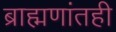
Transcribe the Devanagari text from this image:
ब्राह्मणांतही